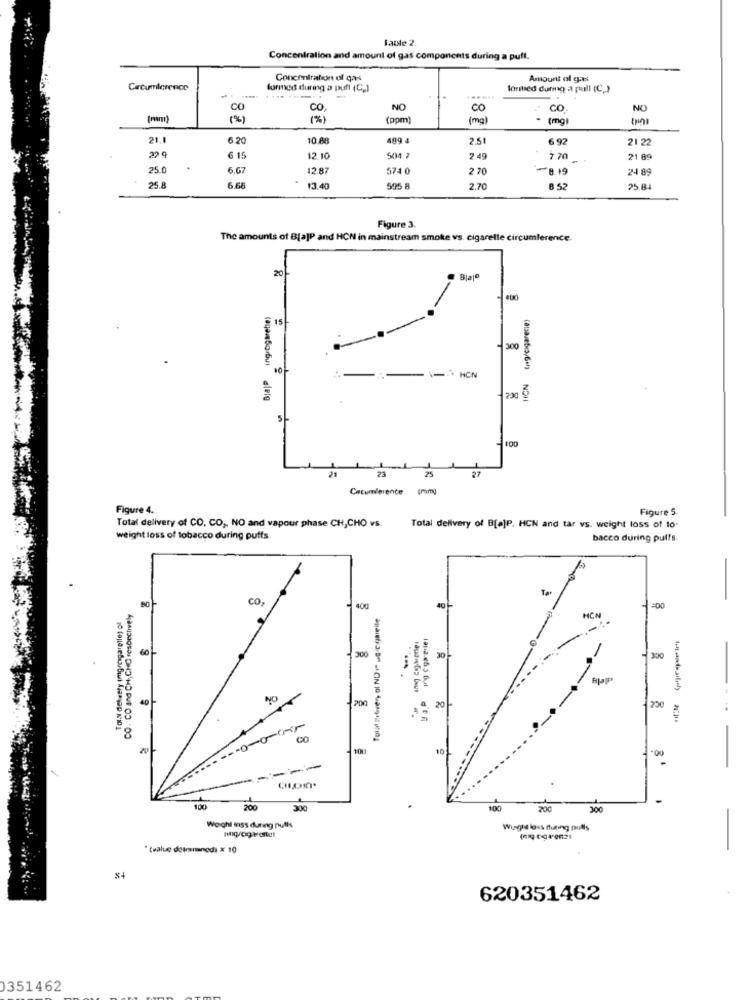
Fable 2
Concentration and amount of gas components during a putt.
Concentration of gas
Amount ol gas
Crcumlerence
formed during a puff (C.]
larmed during a pull (C.)
.......
CO
CO
NO
CO
CO
NO
(%)
( %)
(ppm)
(mg)
- (mg)
21.1
6.20
10.68
489 4
2.51
6 92
21 22
22 9
6 15
12.10
504 7
2.49
7 .70
21 89
25.0
6.67
12.87
574
2 70
8.19
24 89
25.8
6.68
13.40
595
2.70
8 52
25.84
Figure 3.
The amounts of B[a]P and HCN in mainstream smoke vs. cigarelle circumference.
20
8
15
300
HON
HCN
230
5
100
21
23
25
Cacumlerence (rmg
Figure 4.
Figure 5.
Total delivery of CO. CO ,, NO and vapour phase CH,CHO vs.
Total delivery of B[a]P. HCN and tar vs. weight loss of 10
weight loss of tobacco during puffs.
bacco during puffs
BO
CO
CO. CO and CH, CHC respectively
400
Tolaf Bowery ol NO I ug c gareile
40
HCN
:00
TolN delvery imgre gatgtlet of
...
60
300
30
300
40
NO
200
20
250
CO
100
200
100
200
300
Weighl inss during pulls
Wisgli loss fluating pulls
" (ealue deusmenodi × 10
620351462
0351462